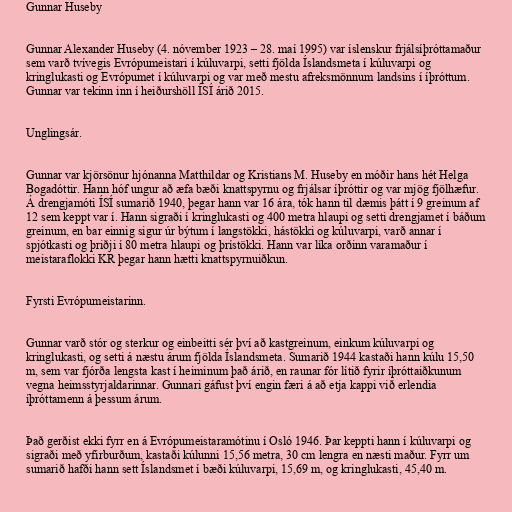
Gunnar Huseby

Gunnar Alexander Huseby (4. nóvember 1923 – 28. maí 1995) var íslenskur frjálsíþróttamaður
sem varð tvívegis Evrópumeistari í kúluvarpi, setti fjölda Íslandsmeta í kúluvarpi og
kringlukasti og Evrópumet í kúluvarpi og var með mestu afreksmönnum landsins í íþróttum.
Gunnar var tekinn inn í heiðurshöll ÍSÍ árið 2015.

Unglingsár.

Gunnar var kjörsönur hjónanna Matthildar og Kristians M. Huseby en móðir hans hét Helga
Bogadóttir. Hann hóf ungur að æfa bæði knattspyrnu og frjálsar íþróttir og var mjög fjölhæfur.
Á drengjamóti ÍSÍ sumarið 1940, þegar hann var 16 ára, tók hann til dæmis þátt í 9 greinum af
12 sem keppt var í. Hann sigraði í kringlukasti og 400 metra hlaupi og setti drengjamet í báðum
greinum, en bar einnig sigur úr býtum í langstökki, hástökki og kúluvarpi, varð annar í
spjótkasti og þriðji í 80 metra hlaupi og þrístökki. Hann var líka orðinn varamaður í
meistaraflokki KR þegar hann hætti knattspyrnuiðkun.

Fyrsti Evrópumeistarinn.

Gunnar varð stór og sterkur og einbeitti sér því að kastgreinum, einkum kúluvarpi og
kringlukasti, og setti á næstu árum fjölda Íslandsmeta. Sumarið 1944 kastaði hann kúlu 15,50
m, sem var fjórða lengsta kast í heiminum það árið, en raunar fór lítið fyrir íþróttaiðkunum
vegna heimsstyrjaldarinnar. Gunnari gáfust því engin færi á að etja kappi við erlendia
íþróttamenn á þessum árum.

Það gerðist ekki fyrr en á Evrópumeistaramótinu í Osló 1946. Þar keppti hann í kúluvarpi og
sigraði með yfirburðum, kastaði kúlunni 15,56 metra, 30 cm lengra en næsti maður. Fyrr um
sumarið hafði hann sett Íslandsmet í bæði kúluvarpi, 15,69 m, og kringlukasti, 45,40 m.